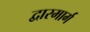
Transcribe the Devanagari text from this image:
द्वारमार्ग